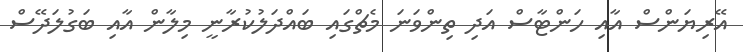
އޭރިޔަންސް އާއި ހަންޓާސް އަދި ތިންވަނަ މެޗްގައި ބައްދަލުކުރާނީ މިލާން އާއި ބަގުލަދޭސް